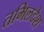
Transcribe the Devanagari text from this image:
तमिलदेश